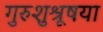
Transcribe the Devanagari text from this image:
गुरुशुश्रूषया